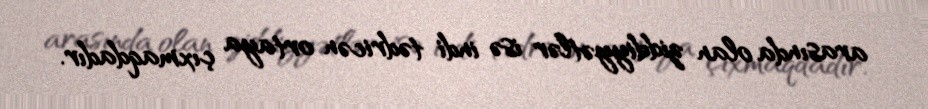
arasında olan ziddiyyətlər isə indi tədricən ortaya çıxmaqdadır.